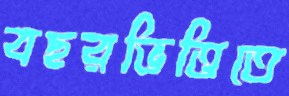
বছরভিত্তিতে